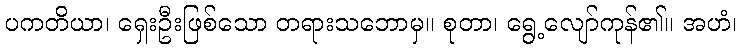
ပကတိယာ၊ ရှေးဦးဖြစ်သော တရားသဘောမှ။ စုတာ၊ ရွေ့လျော်ကုန်၏။ အဟံ၊